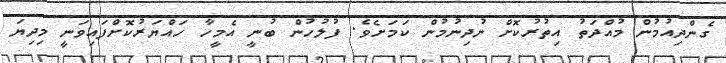
ގެންދިއުމުން މުއްދަތު އިތުރުކޮށް ނުދިނުމުން ކަމަށެވެ. ފުލުހުން ބުނީ އެމީހާ ހައްޔަރުކޮށްފައިވަނީ މިދިޔަ